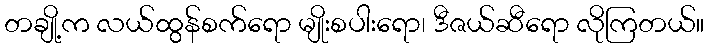
တချို့က လယ်ထွန်စက်ရော မျိုးစပါးရော၊ ဒီဇယ်ဆီရော လိုကြတယ်။